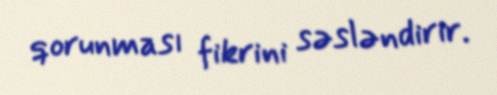
qorunması fikrini səsləndirir.